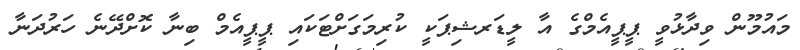
މައުމޫން ވިދާޅުވީ ޕީޕީއެމްގެ އާ ލީޑަރޝިޕަކީ ކުރިމަގަށްޓަކައި ޕީޕީއެމް ބިނާ ކޮށްދޭނެ ހަރުދަނާ